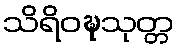
သိရိဝဍ္ဎသုတ္တ